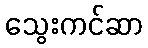
သွေးကင်ဆာ